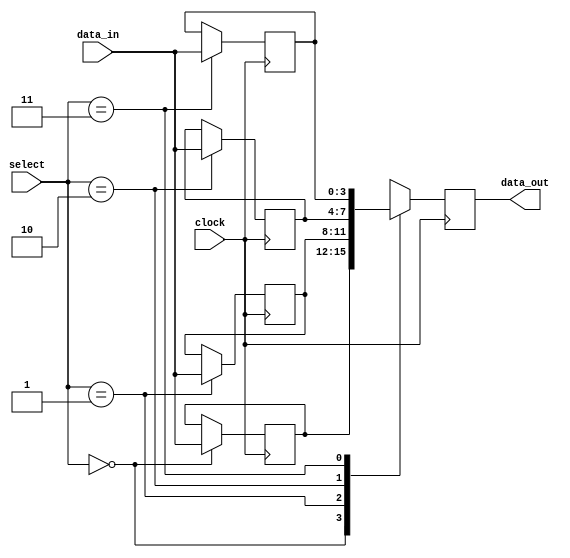
module bypass_register (
    input wire [3:0] data_in,
    input wire [1:0] select,
    input wire clock,
    output reg [3:0] data_out
);

reg [3:0] register [0:3];

always @(posedge clock) begin
    case (select)
        2'b00: register[0] <= data_in;
        2'b01: register[1] <= data_in;
        2'b10: register[2] <= data_in;
        2'b11: register[3] <= data_in;
    endcase
end

always @(posedge clock) begin
    case (select)
        2'b00: data_out <= register[0];
        2'b01: data_out <= register[1];
        2'b10: data_out <= register[2];
        2'b11: data_out <= register[3];
    endcase
end

endmodule